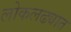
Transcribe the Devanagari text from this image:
लोकलढ्यात